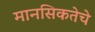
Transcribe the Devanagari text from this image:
मानसिकतेचे